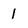
Character: 1